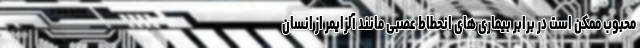
محبوب ممکن است در برابر بیماری های انحطاط عصبی مانند آلزایمر از انسان